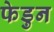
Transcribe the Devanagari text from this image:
फेडुन